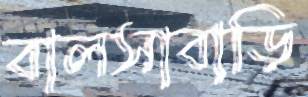
বালসাবাড়ি